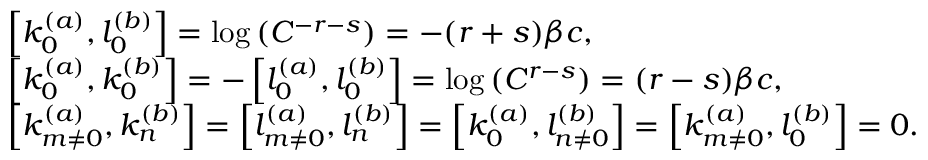
\begin{array} { r l } & { \left[ k _ { 0 } ^ { ( a ) } , l _ { 0 } ^ { ( b ) } \right] = \log \left( C ^ { - r - s } \right) = - ( r + s ) \beta c , } \\ & { \left[ k _ { 0 } ^ { ( a ) } , k _ { 0 } ^ { ( b ) } \right] = - \left[ l _ { 0 } ^ { ( a ) } , l _ { 0 } ^ { ( b ) } \right] = \log \left( C ^ { r - s } \right) = ( r - s ) \beta c , } \\ & { \left[ k _ { m \neq 0 } ^ { ( a ) } , k _ { n } ^ { ( b ) } \right] = \left[ l _ { m \neq 0 } ^ { ( a ) } , l _ { n } ^ { ( b ) } \right] = \left[ k _ { 0 } ^ { ( a ) } , l _ { n \neq 0 } ^ { ( b ) } \right] = \left[ k _ { m \neq 0 } ^ { ( a ) } , l _ { 0 } ^ { ( b ) } \right] = 0 . } \end{array}